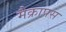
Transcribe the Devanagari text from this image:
मैक्रापस